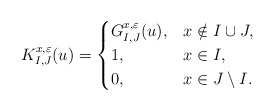
\begin{align*} K_{I,J}^{x,\varepsilon}(u)=\begin{cases} G_{I,J}^{x,\varepsilon}(u) ,& x\notin I\cup J,\\ 1 ,& x\in I,\\ 0 ,& x\in J\setminus I. \end{cases}\end{align*}